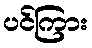
ပင်ကြား